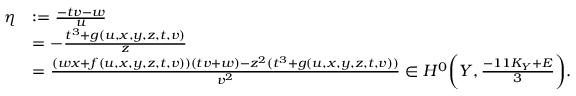
\begin{array} { r l } { \eta } & { : = \frac { - t v - w } { u } } \\ & { = - \frac { t ^ { 3 } + g ( u , x , y , z , t , v ) } { z } } \\ & { = \frac { ( w x + f ( u , x , y , z , t , v ) ) ( t v + w ) - z ^ { 2 } ( t ^ { 3 } + g ( u , x , y , z , t , v ) ) } { v ^ { 2 } } \in H ^ { 0 } \bigg ( Y , \frac { - 1 1 K _ { Y } + E } { 3 } \bigg ) . } \end{array}